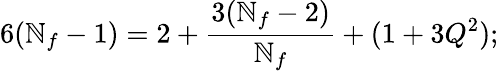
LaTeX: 6(\mathbb{N}_{f}-1)=2+{\frac{{3(\mathbb{N}_{f}-2)}}{{\mathbb{N}_{f}}}}+(1+3Q^{2});